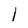
Character: l